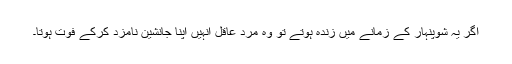
اگر یہ شوپنہار کے زمانے میں زندہ ہوتے تو وہ مردِ عاقل انہیں اپنا جانشین نامزد کرکے فوت ہوتا۔